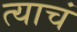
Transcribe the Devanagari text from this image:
त्‍याचं